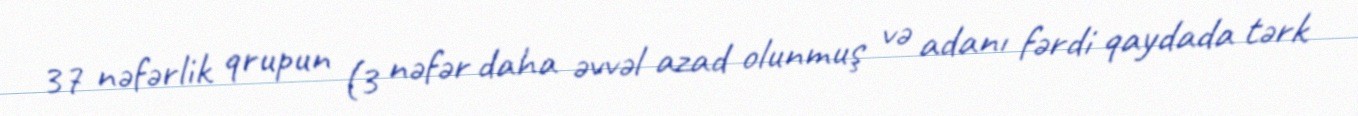
37 nəfərlik qrupun (3 nəfər daha əvvəl azad olunmuş və adanı fərdi qaydada tərk